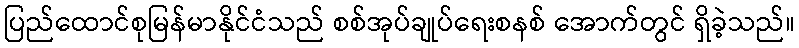
ပြည်ထောင်စုမြန်မာနိုင်ငံသည် စစ်အုပ်ချုပ်ရေးစနစ် အောက်တွင် ရှိခဲ့သည်။